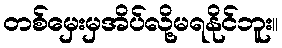
တစ်မှေးမှအိပ်လို့မရနိုင်ဘူး။